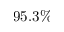
9 5 . 3 \%